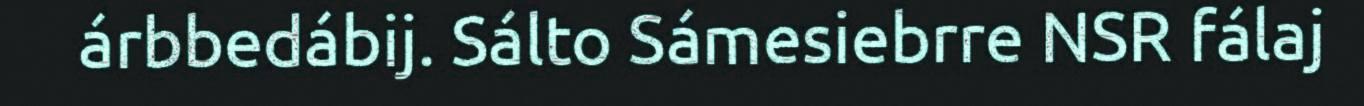
árbbedábij. Sálto Sámesiebrre NSR fálaj